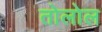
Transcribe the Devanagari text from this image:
तोलोल